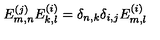
E _ { m , n } ^ { ( j ) } E _ { k , l } ^ { ( i ) } = \delta _ { n , k } \delta _ { i , j } E _ { m , l } ^ { ( i ) }